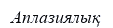
Аплазиялық